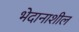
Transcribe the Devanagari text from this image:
भेदानाशील